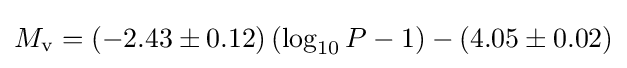
M_{\mathrm {v} }=(-2.43\pm 0.12)\left(\log _{10}P-1\right)-(4.05\pm 0.02)